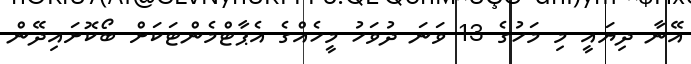
އޭނާ ދިޔައީ މި މަހުގެ 13 ވަނަ ދުވަހު މީހެއްގެ އެޕާޓްމެންޓަކަށް ބޯކޮށައިދޭން